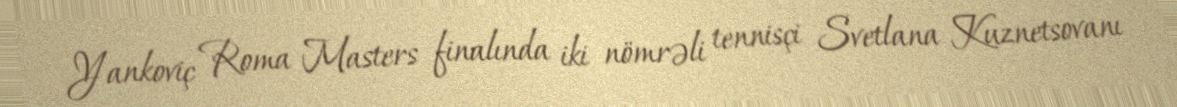
Yankoviç Roma Masters finalında iki nömrəli tennisçi Svetlana Kuznetsovanı